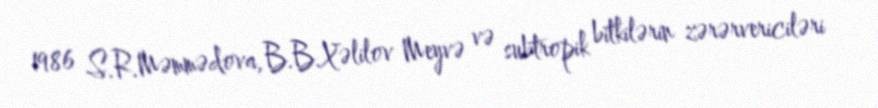
1986 S.R.Məmmədova, B.B.Xəlilov Meyvə və subtropik bitkilərin zərərvericiləri